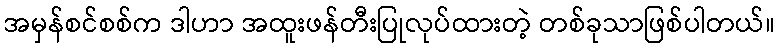
အမှန်စင်စစ်က ဒါဟာ အထူးဖန်တီးပြုလုပ်ထားတဲ့ တစ်ခုသာဖြစ်ပါတယ်။